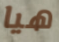
هيا